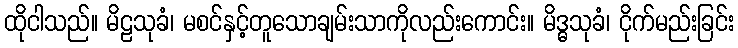
ထိုငါသည်။ မိဠသုခံ၊ မစင်နှင့်တူသောချမ်းသာကိုလည်းကောင်း။ မိဒ္ဓသုခံ၊ ငိုက်မည်းခြင်း